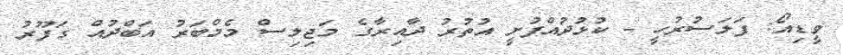
ވީޑިއޯ: ފަލަސުރުހީ - ކުޅުދުއްފުށީ އުތުރު ދާއިރާގެ މަޖިލިސް މެމްބަރު އަބްދުއް ގަފޫރު